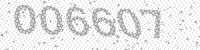
Solution: 006607